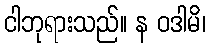
ငါဘုရားသည်။ န ဝဒါမိ၊